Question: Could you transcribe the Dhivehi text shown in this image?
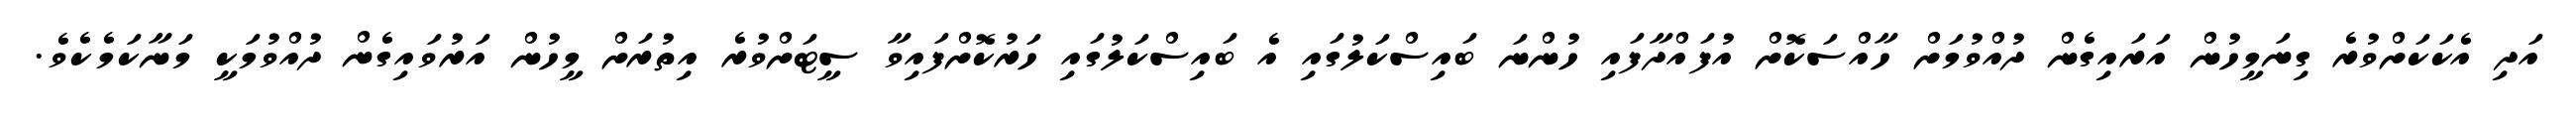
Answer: އަދި އެކަކަށްވުރެ ގިނަމީހުން އަރައިގެން ދުއްވުމަށް ހާއްސަކޮށް އުފައްދާފައި ހުންނަ ބައިސްކަލުގައި އެ ބައިސްކަލުގައި ހަރުކޮށްފައިވާ ސީޓަށްވުރެ އިތުރަށް މީހުން އަރުވައިގެން ދުއްވުމަކީ މަނާކަމެކެވެ.